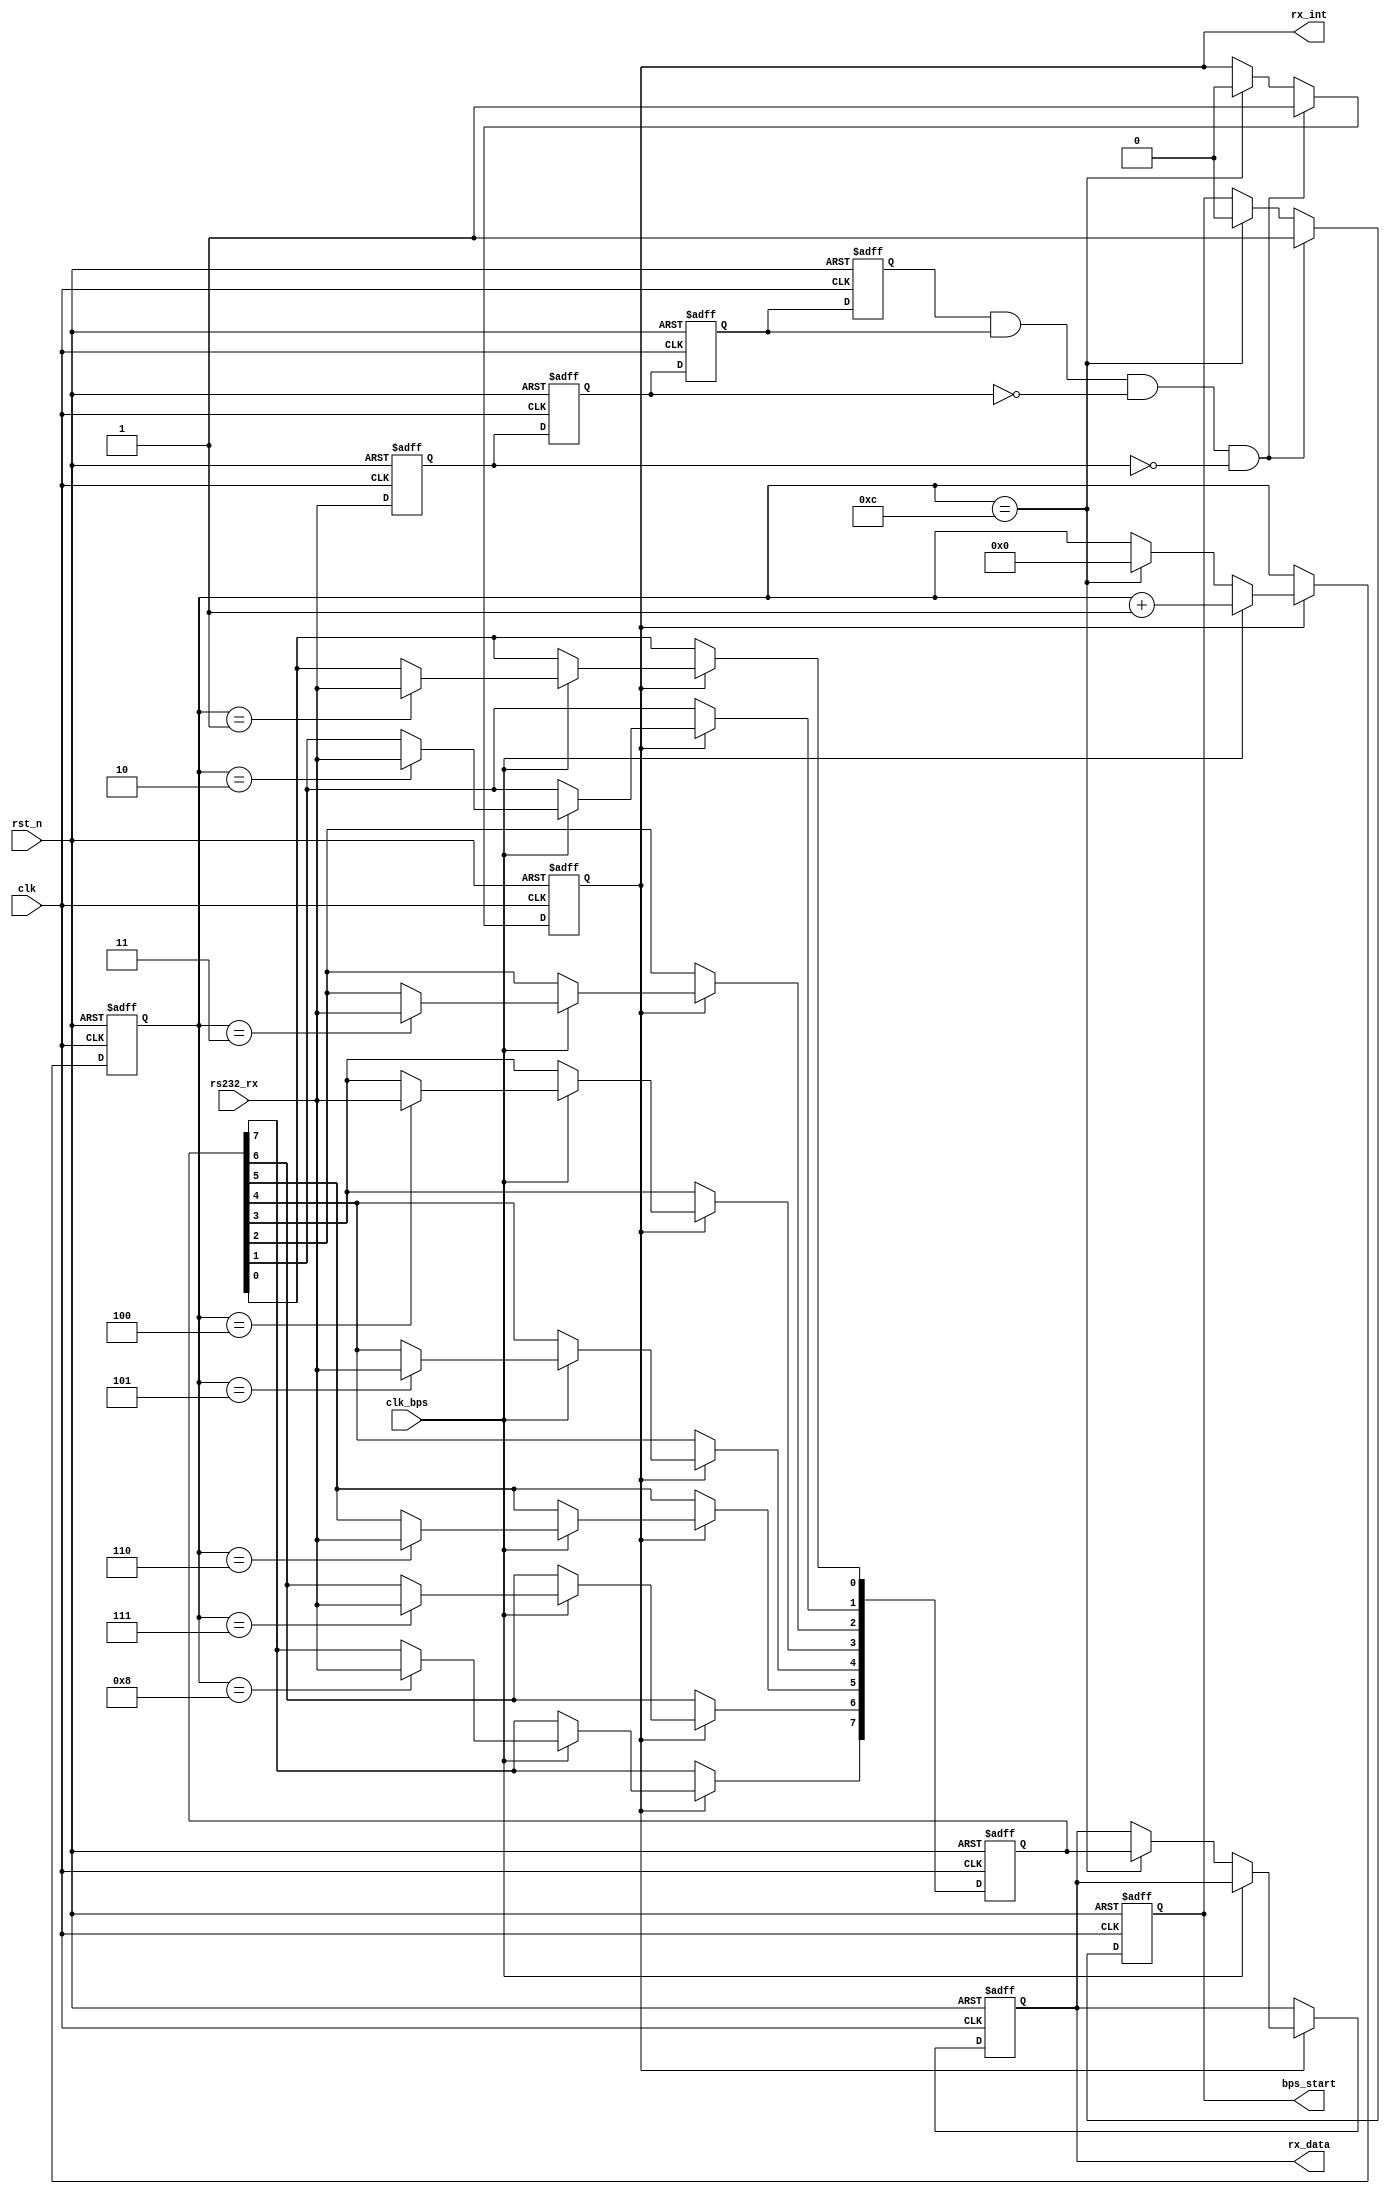
module Uart_Rx(
				clk,rst_n,
				rs232_rx,rx_data,rx_int,
				clk_bps,bps_start
			);

input clk;		// 50MHz
input rst_n;	//
input rs232_rx;	// RS232
input clk_bps;	// clk_bps
output bps_start;		//
output[7:0] rx_data;	// 
output rx_int;	//,

//----------------------------------------------------------------
reg rs232_rx0,rs232_rx1,rs232_rx2,rs232_rx3;	//
wire neg_rs232_rx;	//

always @ (posedge clk or negedge rst_n) begin
	if(!rst_n) begin
			rs232_rx0 <= 1'b0;
			rs232_rx1 <= 1'b0;
			rs232_rx2 <= 1'b0;
			rs232_rx3 <= 1'b0;
		end
	else begin
			rs232_rx0 <= rs232_rx;
			rs232_rx1 <= rs232_rx0;
			rs232_rx2 <= rs232_rx1;
			rs232_rx3 <= rs232_rx2;
		end
end
	//<20ns-40ns()
	// 
	//40ns
assign neg_rs232_rx = rs232_rx3 & rs232_rx2 & ~rs232_rx1 & ~rs232_rx0;	//neg_rs232_rx

//----------------------------------------------------------------
reg bps_start_r;
reg[3:0] num;	//
reg rx_int;		//,

always @ (posedge clk or negedge rst_n)
	if(!rst_n) begin
			bps_start_r <= 1'bz;
			rx_int <= 1'b0;
		end
	else if(neg_rs232_rx) begin		//rs232_rx
			bps_start_r <= 1'b1;	//
			rx_int <= 1'b1;			//
		end
	else if(num==4'd12) begin		//
			bps_start_r <= 1'b0;	//
			rx_int <= 1'b0;			//
		end

assign bps_start = bps_start_r;

//----------------------------------------------------------------
reg[7:0] rx_data_r;		//
//----------------------------------------------------------------

reg[7:0] rx_temp_data;	//

always @ (posedge clk or negedge rst_n)
	if(!rst_n) begin
			rx_temp_data <= 8'd0;
			num <= 4'd0;
			rx_data_r <= 8'd0;
		end
	else if(rx_int) begin	//
		if(clk_bps) begin	//,8bit12		
				num <= num+1'b1;
				case (num)
						4'd1: rx_temp_data[0] <= rs232_rx;	//0bit
						4'd2: rx_temp_data[1] <= rs232_rx;	//1bit
						4'd3: rx_temp_data[2] <= rs232_rx;	//2bit
						4'd4: rx_temp_data[3] <= rs232_rx;	//3bit
						4'd5: rx_temp_data[4] <= rs232_rx;	//4bit
						4'd6: rx_temp_data[5] <= rs232_rx;	//5bit
						4'd7: rx_temp_data[6] <= rs232_rx;	//6bit
						4'd8: rx_temp_data[7] <= rs232_rx;	//7bit
						default: ;
					endcase
			end
		else if(num == 4'd12) begin		//1+8+1(2)=11bit
				num <= 4'd0;			//STOP,num
				rx_data_r <= rx_temp_data;	//rx_data
			end
		end

assign rx_data = rx_data_r;	

endmodule